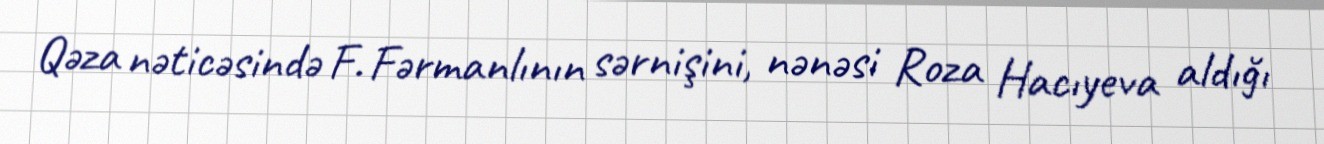
Qəza nəticəsində F. Fərmanlının sərnişini, nənəsi Roza Hacıyeva aldığı